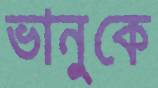
ভানুকে